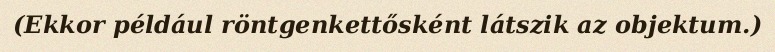
(Ekkor például röntgenkettősként látszik az objektum.)